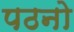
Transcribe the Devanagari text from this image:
पठनो